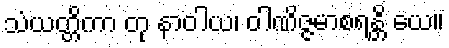
သံယတ္တိကာ တု နာဝါယ၊ ဝါဏိဇ္ဇမာစရန္တိ ယေ။